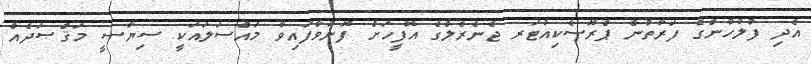
އެދި ފުލުހުންގެ ފަރާތުން ޕްރޮސެކިއުޓަރ ޖެނެރެލްގެ އޮފީހަށް ފޮނުވާފައިވާ މައްސަލައަކީ ސިޔާސީ މަޤްޞަދެއް